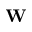
{ \bf W }